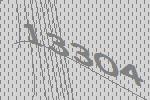
13304